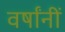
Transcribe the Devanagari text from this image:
वर्षांनीं